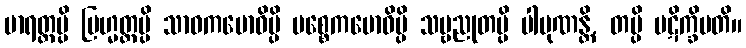
မာရတ္တမ္ပိ ဗြဟ္မတ္တမ္ပိ သာဝကဗောဓိမ္ပိ ပစ္စေကဗောဓိမ္ပိ သဗ္ဗညုတမ္ပိ ပါပုဏန္တိ, တမ္ပိ ပဋိက္ခိပတိ။